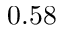
0 . 5 8